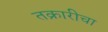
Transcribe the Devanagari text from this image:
तक्रारीचा